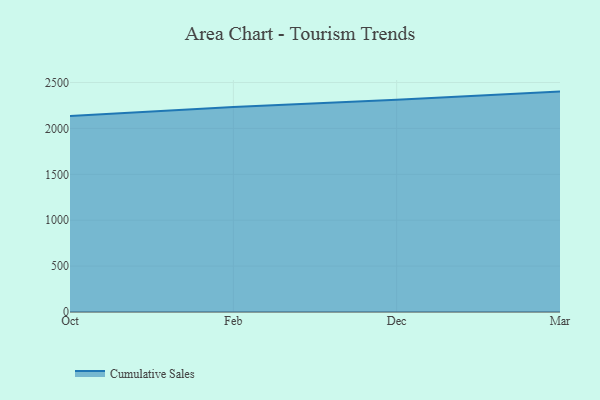
{"axis": {"x": "Month", "y": "Population (Million)"}, "legend": ["Cumulative Sales"], "data": [{"x": "Oct", "y": 2134.0, "type": "Cumulative Sales"}, {"x": "Feb", "y": 2234.0, "type": "Cumulative Sales"}, {"x": "Dec", "y": 2311.8, "type": "Cumulative Sales"}, {"x": "Mar", "y": 2400.8, "type": "Cumulative Sales"}]}